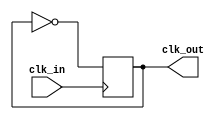
module clock_generator(
    input clk_in,
    output reg clk_out
);

always @(posedge clk_in) begin
    clk_out <= ~clk_out;
end

endmodule